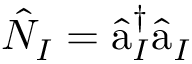
\hat { N } _ { I } = \hat { \textmd a } _ { I } ^ { \dagger } \hat { \textmd a } _ { I }